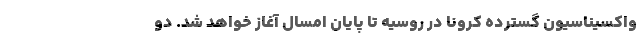
واکسیناسیون گسترده کرونا در روسیه تا پایان امسال آغاز خواهد شد. دو